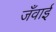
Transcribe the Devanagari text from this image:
जँवाई